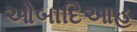
ઓબાદિઆહ